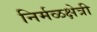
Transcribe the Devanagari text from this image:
निर्मळक्षेत्री